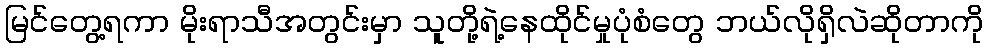
မြင်တွေ့ရကာ မိုးရာသီအတွင်းမှာ သူတို့ရဲ့နေထိုင်မှုပုံစံတွေ ဘယ်လိုရှိလဲဆိုတာကို